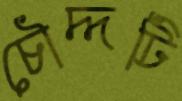
চৌদ্দটি